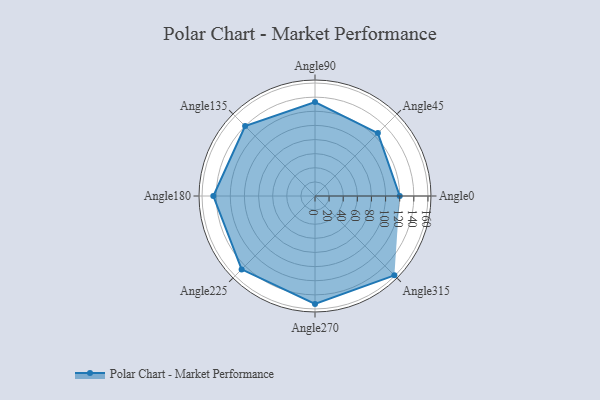
{"axis": {"x": "Angle", "y": "Radius"}, "legend": [""], "data": [{"x": "Angle0", "y": 120.0, "type": ""}, {"x": "Angle45", "y": 126.0, "type": ""}, {"x": "Angle90", "y": 133.0, "type": ""}, {"x": "Angle135", "y": 140.0, "type": ""}, {"x": "Angle180", "y": 144.0, "type": ""}, {"x": "Angle225", "y": 147.0, "type": ""}, {"x": "Angle270", "y": 153.0, "type": ""}, {"x": "Angle315", "y": 159.0, "type": ""}]}